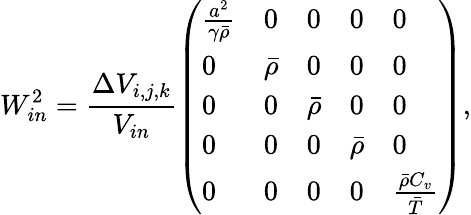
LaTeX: W_{in}^{2}=\frac{\Delta V_{i,j,k}}{V_{in}}\left(\begin{array}{lllll}{\frac{a^{2}}{\gamma\bar{\rho}}}&{0}&{0}&{0}&{0}\\ {0}&{\bar{\rho}}&{0}&{0}&{0}\\ {0}&{0}&{\bar{\rho}}&{0}&{0}\\ {0}&{0}&{0}&{\bar{\rho}}&{0}\\ {0}&{0}&{0}&{0}&{\frac{\bar{\rho}C_{v}}{\bar{T}}}\end{array}\right),